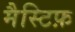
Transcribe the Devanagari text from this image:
मैस्टिफ़